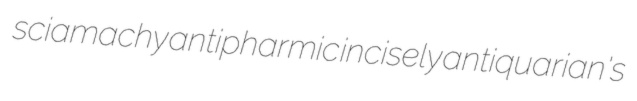
sciamachy antipharmic incisely antiquarian's